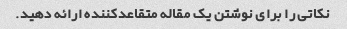
نکاتی را برای نوشتن یک مقاله متقاعدکننده ارائه دهید.